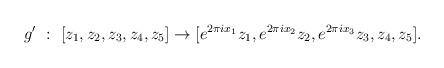
LaTeX: \begin{align*}g^{\prime} \ : \ [z_{1}, z_{2}, z_{3},z_{4},z_{5} ] \rightarrow[ e^{2 \pi i x_{1}}{z_{1}},e^{2 \pi i x_{2}}{z_{2}},e^{2 \pi i x_{3}}{z_{3}},z_{4}, z_{5} ].\end{align*}